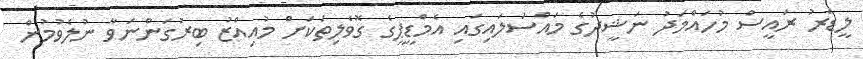
ލީޑަރު ރައީސް މުހައްމަދު ނަޝީދުގެ މައްސަލައިގައި އެމްޑީޕީގެ ގޮވެލިތަކަށް މުއިއްޒު ބިރުގަންނަވާ ނުލެވުމުން